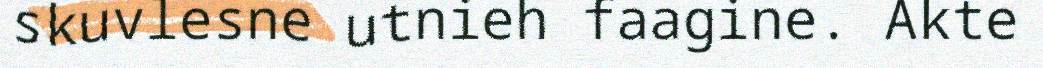
skuvlesne utnieh faagine. Akte